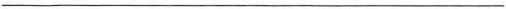
___